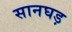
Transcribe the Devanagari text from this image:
सानघड़